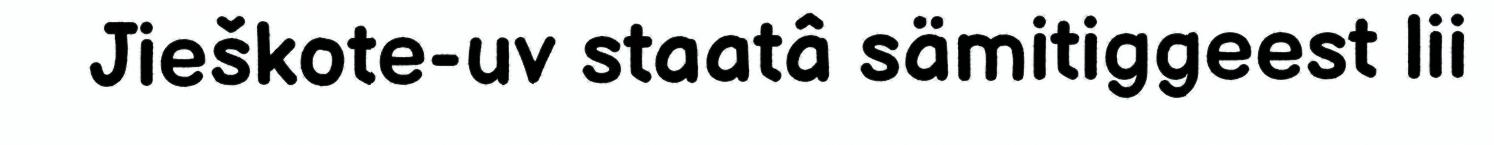
Jieškote-uv staatâ sämitiggeest lii